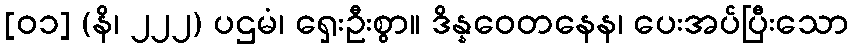
[၀၁] (နိ၊ ၂၂၂) ပဌမံ၊ ရှေးဦးစွာ။ ဒိန္နဝေတနေန၊ ပေးအပ်ပြီးသော